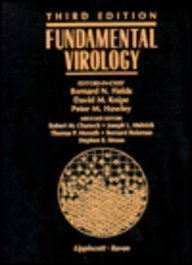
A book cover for Fundamental Virology; Medical Books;